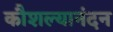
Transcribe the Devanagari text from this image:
कौशल्यानंदन